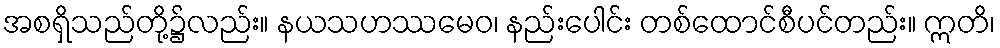
အစရှိသည်တို့၌လည်း။ နယသဟဿမေဝ၊ နည်းပေါင်း တစ်ထောင်စီပင်တည်း။ ဣတိ၊